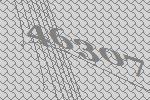
46307